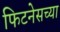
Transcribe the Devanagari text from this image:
फिटनेसच्या